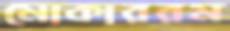
মোকাররম